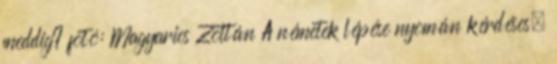
meddig? fotó: Magyarics Zoltán A németek lépése nyomán kérdéses,